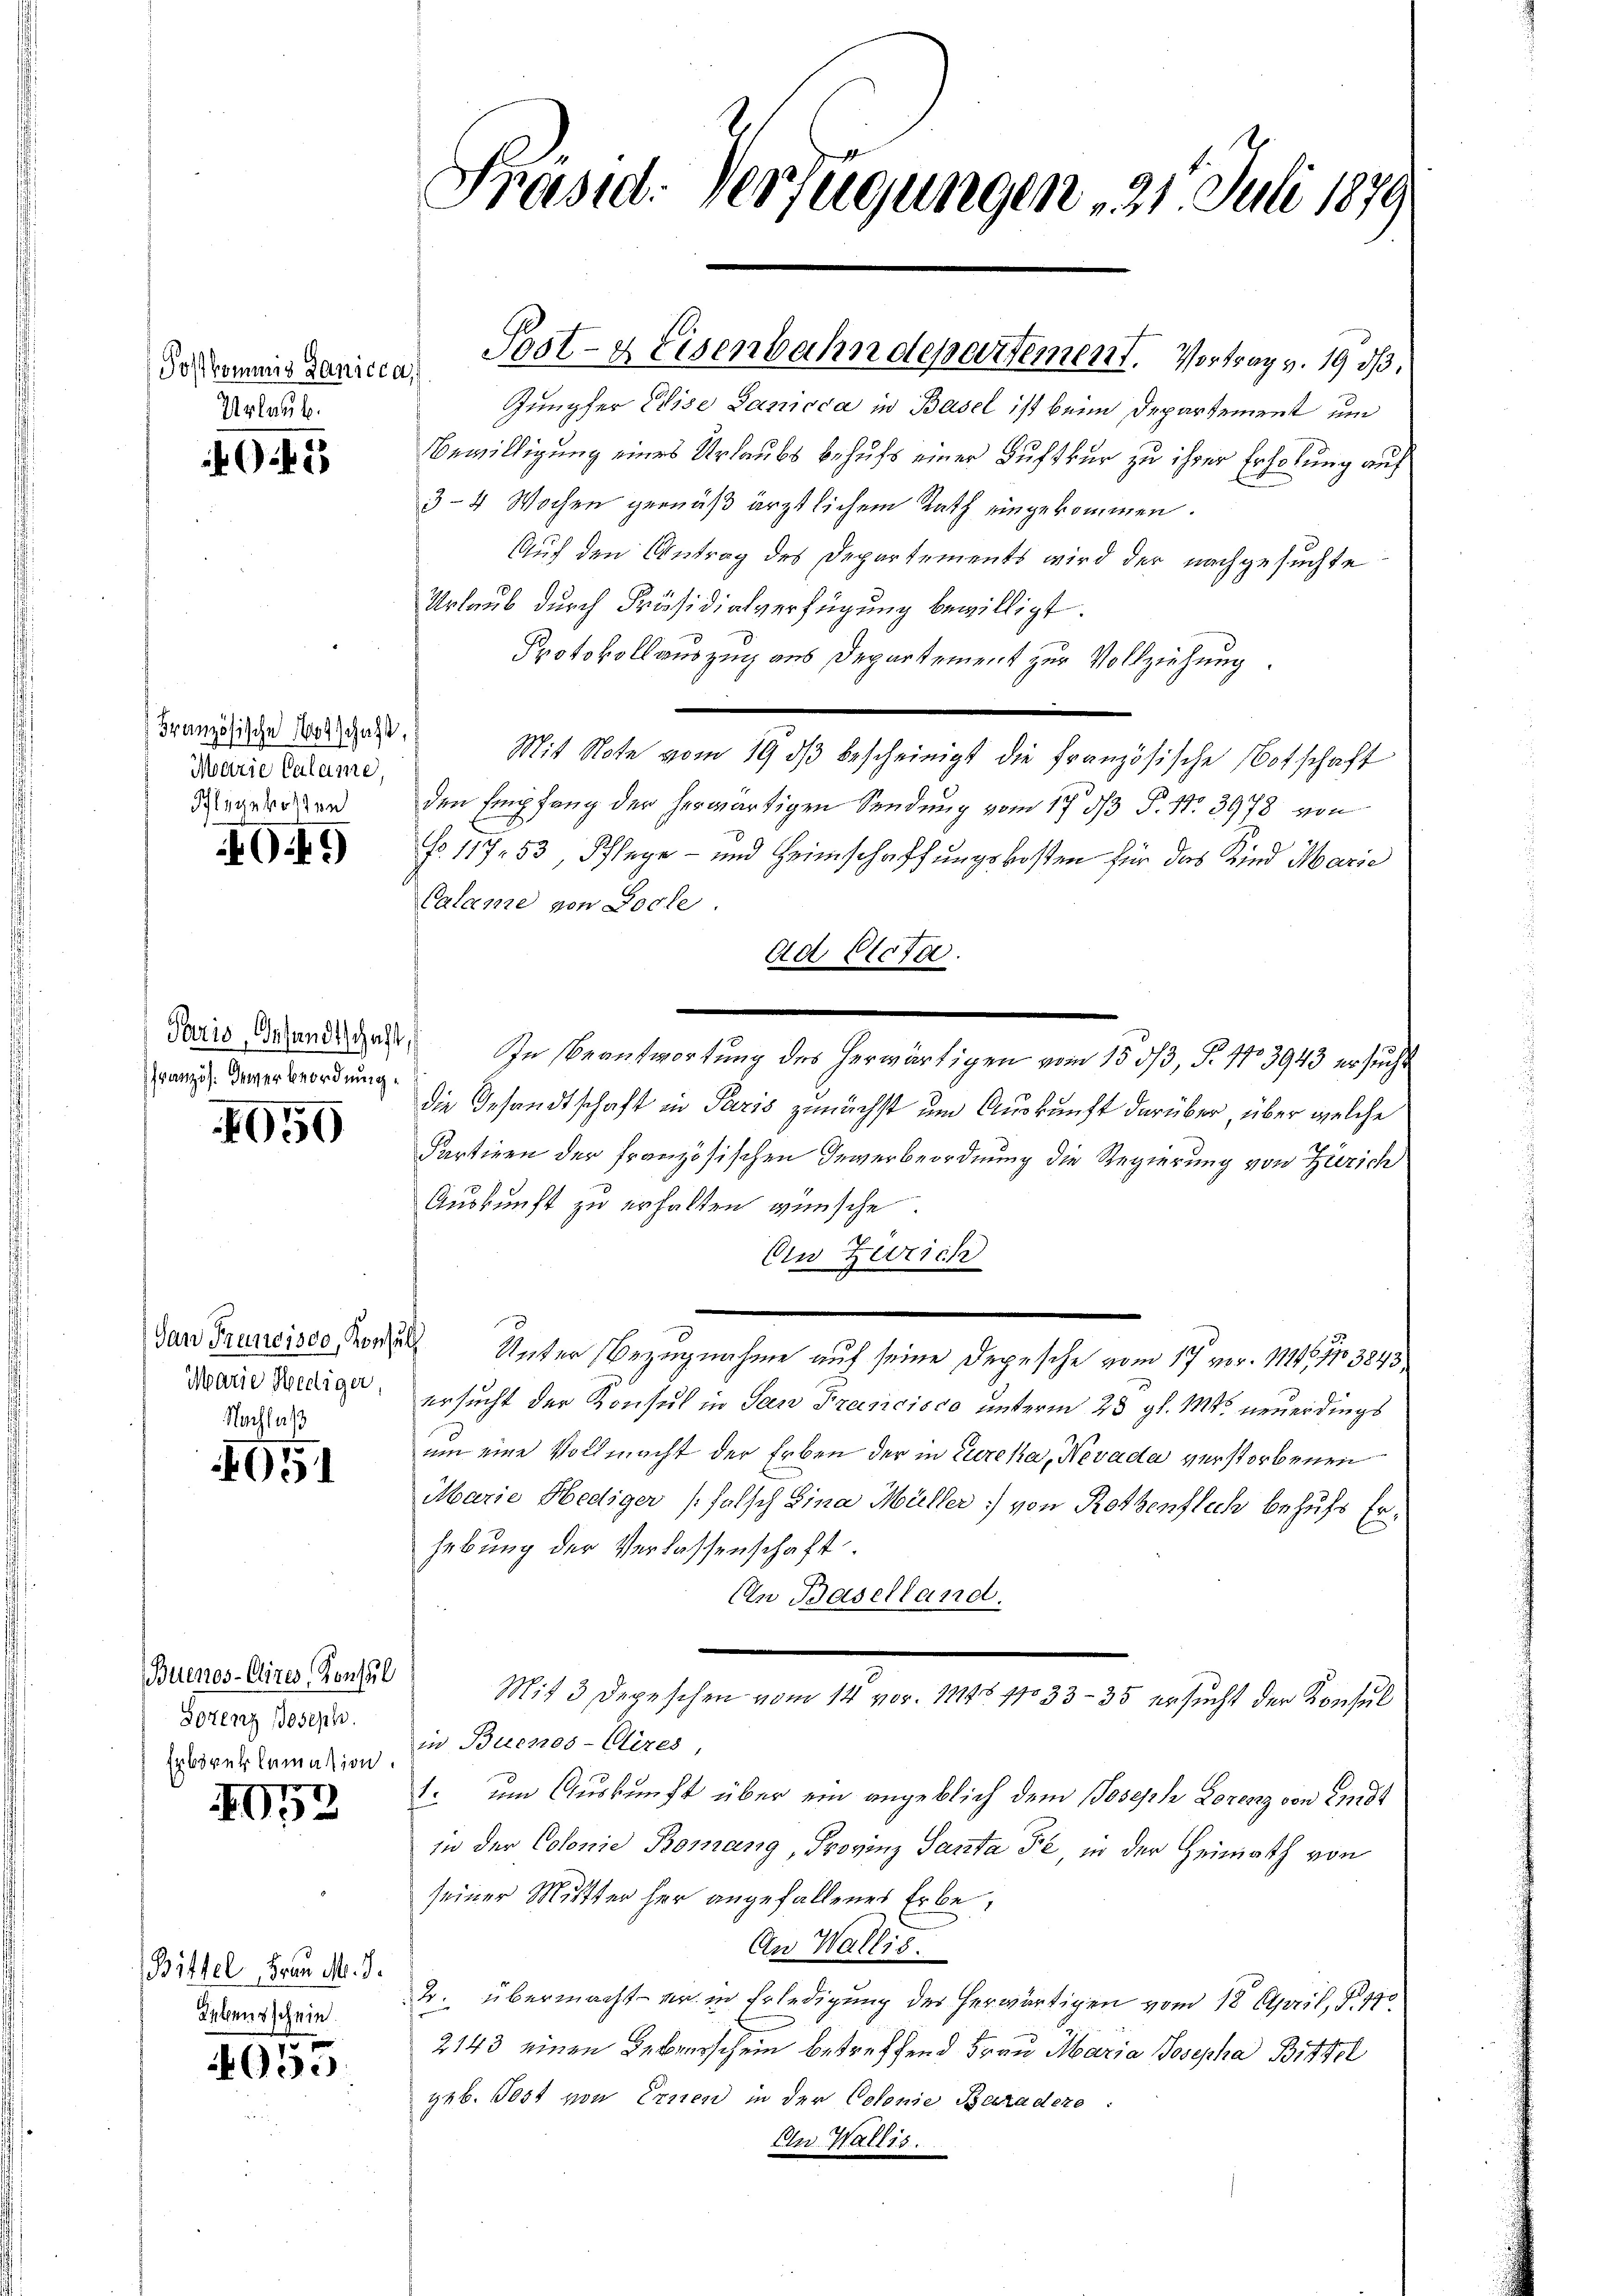
(Postkommis Lanicca,
Urlaub.

0.45

Französische Botschaft,
Marie Calame,
Pflegekosten

G.f.

Paris, Gesandtschaft,
Französ. Gewerbeordnung.

050

Marie Hediger,
Nachlaß

1651

Buenos-Cires, Konsul
Sotenz Joseph.
Erböreklamation.
2

0

Bittel Frau M. D.
Lebensschein.

4055

Präsid. Verfügungen 21. Juli 1879

Post- & Eisenbahndepartement. Vortrag v. 19 dß.

Jungfer Eise Sanicca in Basel ist beim Departement um
Bewilligung eines Urlaubs behufs einer Luftkur zu ihrer Erholung auf
3–4 Wochen gemäß ärztlichem Rath eingekommen.
Auf den Antrag des Departements wird der nachgesuchte
Urlaub durch Präsidialverfügung bewilligt.
Protokollauszug aus Departement zur Vollziehung.
Mit Note vom 19. dβ bescheinigt die Französische Notschaft
den Empfang der herwärtigen Sendung vom 17. ds P. Nr. 3978 von
No. 117. 53 Pflege - und Heimschaffungskosten für das Kind Marie
Calame von Loche
Ad Acta.
In Beantwortung des herwärtigen vom 15. 53, §. 113943 ersucht
die Gesandtschaft in Paris zunächst um Auskunft darüber, über welche
Partinen der französischen Inverbeordnung die Regierung von Zürich
Auskunft zu erhalten wünsche.
Ein Zweich
dan Francisco der Unter Bezugnahme auf seine Depesche vom 17 vor. 11446, 1103843
ersucht der Konsul in San Francisco unterm 23. gl. Mts. neuerdings
um eine Vollmacht der Erben der in Eureka, Nevada verstorbenen
Marie Hediger (falsch Lina Müller von Retzenflich behufs Erhebung der Verlassenschaft
Ein Baselland.
Mit 3 Depeschen vom 14. vor. 1145 pro 33 - 35 ersucht der Konsul
in Buenos-Cires,
1. um Auskunft über ein angeblich dem Joseph Lorenz von Endt
in der Colonie Borang, Provinz Santa Fr, in der Heimath von
seiner Mutter her angefallenes Erbe,
An Wallis.
2. übermacht – er in Erledigung des herwärtigen vom 18. April, S. 470
2143 einen Leberschein betreffend Frau Maria Josepha Bittel
geb. Post von Ernen in der Colonie Baradere:
An Wallis.